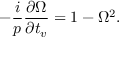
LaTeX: - \frac { i } { p } \frac { \partial \Omega } { \partial t _ { v } } = 1 - \Omega ^ { 2 } .